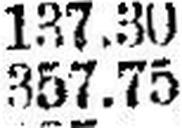
357.75